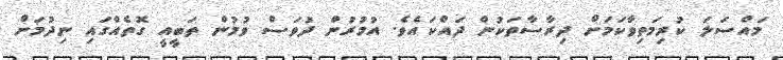
މައްސަލަ ކުރިމަތިވާކަމަށް ދިރާސާތަކުން ދައްކައެވެ. އުމުރުން ދުވަސް ވުމުން ތަބީއީ ގޮތެއްގައި ނިދުމަށް